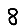
Digit: 8